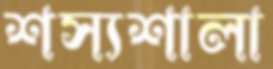
শস্যশালা